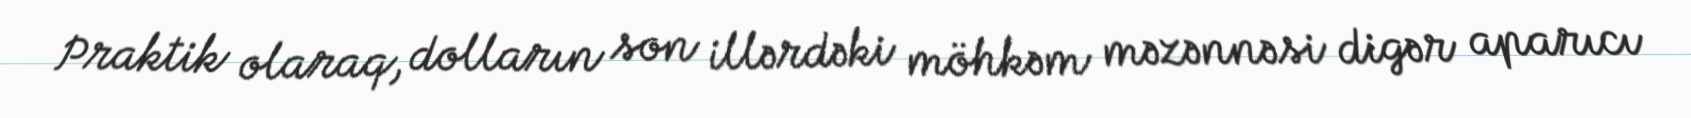
Praktik olaraq, dolların son illərdəki möhkəm məzənnəsi digər aparıcı